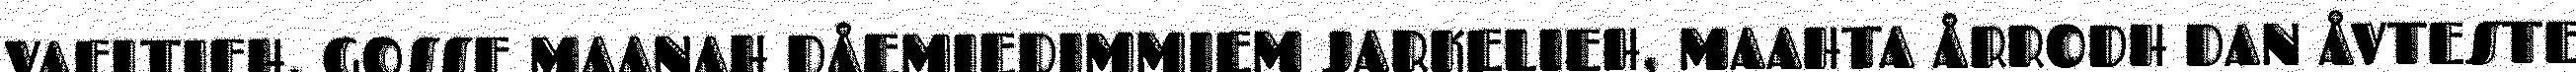
VAELTIEH. GOSSE MAANAH DÅEMIEDIMMIEM JARKELIEH, MAAHTA ÅRRODH DAN ÅVTESTE